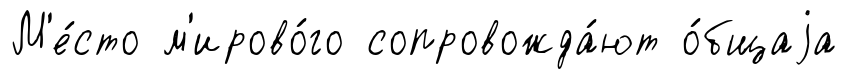
М'е́сто м'ирово́го сопровожда́ют о́бщаjа